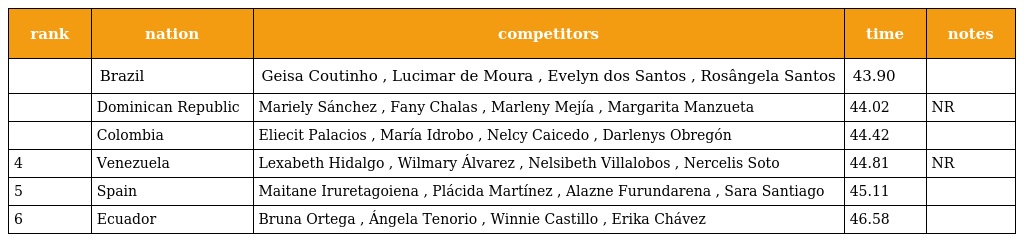
| rank | nation | competitors | time | notes |
 | --- | --- | --- | --- | --- |
 |  | Brazil | Geisa Coutinho , Lucimar de Moura , Evelyn dos Santos , Rosângela Santos | 43.90 |  |
 |  | Dominican Republic | Mariely Sánchez , Fany Chalas , Marleny Mejía , Margarita Manzueta | 44.02 | NR |
 |  | Colombia | Eliecit Palacios , María Idrobo , Nelcy Caicedo , Darlenys Obregón | 44.42 |  |
 | 4 | Venezuela | Lexabeth Hidalgo , Wilmary Álvarez , Nelsibeth Villalobos , Nercelis Soto | 44.81 | NR |
 | 5 | Spain | Maitane Iruretagoiena , Plácida Martínez , Alazne Furundarena , Sara Santiago | 45.11 |  |
 | 6 | Ecuador | Bruna Ortega , Ángela Tenorio , Winnie Castillo , Erika Chávez | 46.58 |  |